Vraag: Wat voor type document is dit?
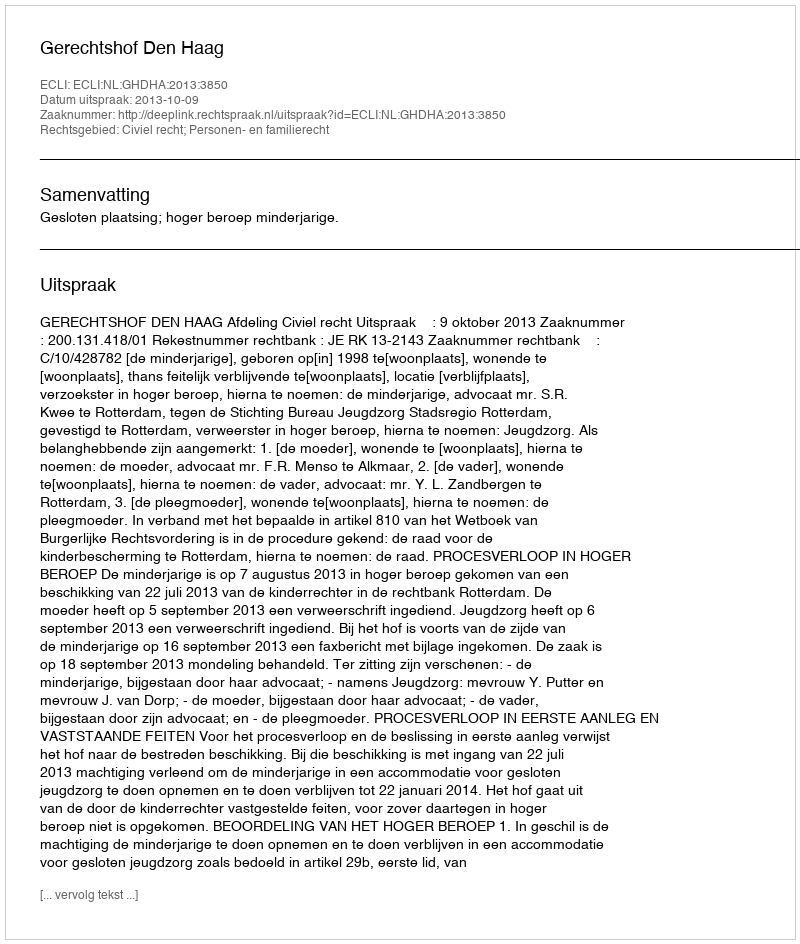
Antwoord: Uitspraak